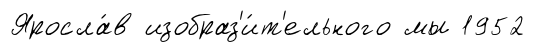
Яросла́в изобраз'и́т'ельного мы 1952